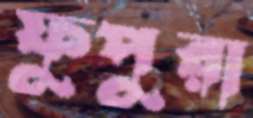
ফুপুরা